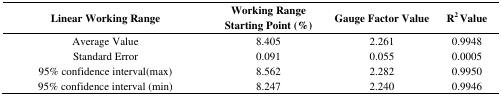
| Linear Working Range | Working Range Starting Point (%) | Gauge Factor Value | R2 Value |
 | --- | --- | --- | --- |
 | Average Value | 8.405 | 2.261 | 0.9948 |
 | Standard Error | 0.091 | 0.055 | 0.0005 |
 | 95% confidence interval(max) | 8.562 | 2.282 | 0.9950 |
 | 95% confidence interval (min) | 8.247 | 2.240 | 0.9946 |